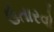
ઉતારવો